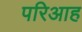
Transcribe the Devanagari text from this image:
परिआह